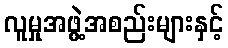
လူမှုအဖွဲ့အစည်းများနှင့်